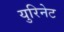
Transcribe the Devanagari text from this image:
युरिनेट